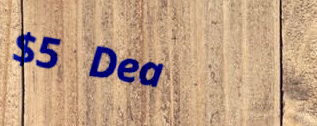
$5 Deal